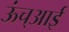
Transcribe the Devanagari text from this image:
ऊंच्आई